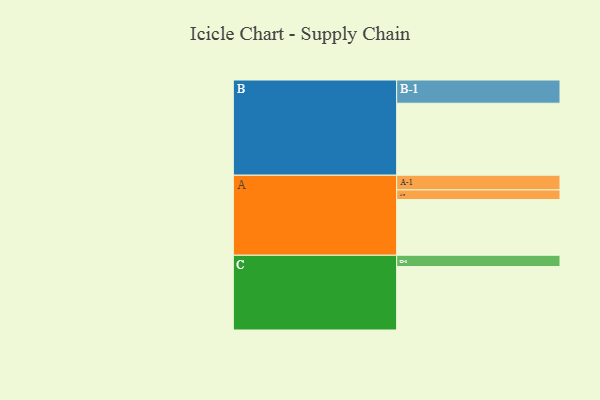
{"axis": {"x": "Segment", "y": "Value"}, "legend": ["", "A", "B", "C"], "data": [{"x": "A", "y": 345, "type": ""}, {"x": "B", "y": 446, "type": ""}, {"x": "C", "y": 393, "type": ""}, {"x": "A-1", "y": 91, "type": "A"}, {"x": "A-2", "y": 60, "type": "A"}, {"x": "B-1", "y": 144, "type": "B"}, {"x": "C-1", "y": 70, "type": "C"}]}